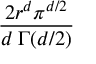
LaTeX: \frac { 2 r ^ { d } \pi ^ { d / 2 } } { d \; \Gamma ( d / 2 ) }